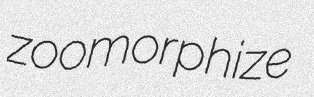
zoomorphize